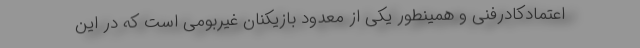
اعتمادکادرفنی و همینطور یکی از معدود بازیکنان غیربومی است که در این